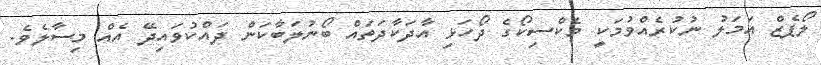
ލޯޕެޒް އަމަލު ނުކުރެއްވުމަކީ މެކްސިކޯގެ ދޯހަޅި އާދަކާދަތައް ބޯނުލަބާކަން ދައްކުވައިދޭ އެއް މިސާލެވެ.